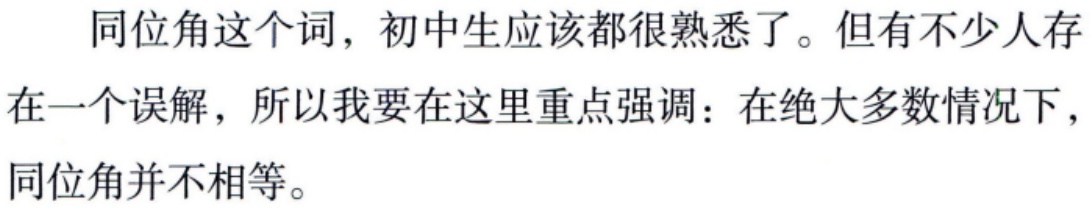
同位角这个词，初中生应该都很熟悉了。但有不少人存在一个误解，所以我要在这里重点强调：在绝大多数情况下，同位角并不相等。